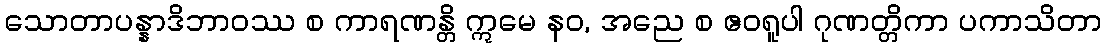
သောတာပန္နာဒိဘာဝဿ စ ကာရဏန္တိ ဣမေ နဝ, အညေ စ ဧဝရူပါ ဂုဏတ္တိကာ ပကာသိတာ